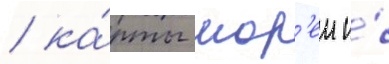
/ ка́рты мор'еи и́